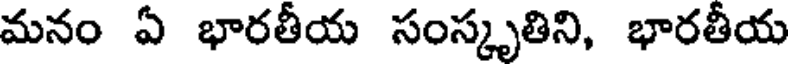
మనం ఏ భారతీయ సంస్కృతిని, భారతీయ